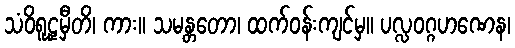
သံဝိရူဠှမှီတိ၊ ကား။ သမန္တတော၊ ထက်ဝန်းကျင်မှ။ ပလ္လဝဂ္ဂဟဏေန၊